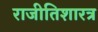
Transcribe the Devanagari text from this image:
राजीतिशारत्र